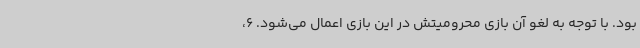
بود. با توجه به لغو آن بازی محرومیتش در این بازی اعمال می‌شود. 6،